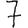
Digit: 7